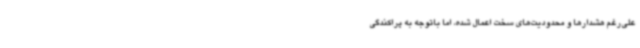
علی‌رغم هشدارها و محدودیت‌های سخت اعمال شده، اما باتوجه به پراکندگی